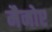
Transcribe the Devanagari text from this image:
मैनोए